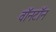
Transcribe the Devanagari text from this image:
वॉनटॉन